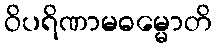
ဝိပရိဏာမဓမ္မောတိ